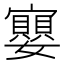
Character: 𭒲